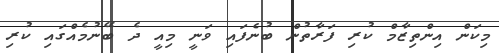
މިކަން އިންތިޒާމް ކުރި ފަރާތުން ބުނެފައި ވަނީ މިއީ ދެ ބޭނުމެއްގައި ކުރި